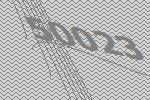
50023